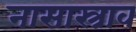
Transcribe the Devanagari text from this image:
नासास्त्राव